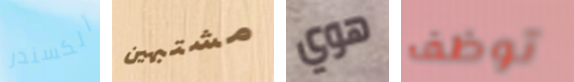
ألكسندر مشتبهين هوي توظف